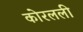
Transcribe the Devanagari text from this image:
कोरलली